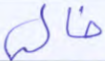
خالي